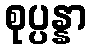
စုပ္ပန္နာ